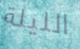
الليلة